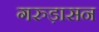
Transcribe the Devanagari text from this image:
गरुड़ासन